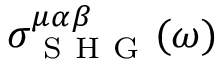
\sigma _ { \mathrm { ~ S ~ H ~ G ~ } } ^ { \mu \alpha \beta } ( \omega )